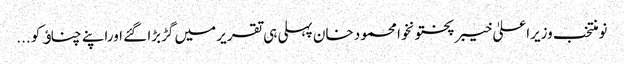
نومنتخب وزیراعلیٰ خیبر پختونخوا محمود خان پہلی ہی تقریر میں گڑبڑا گئے اوراپنے چناﺅ کو ...